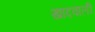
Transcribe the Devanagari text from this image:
खादवाली